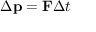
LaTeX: \Delta \mathbf { p } = \mathbf { F } \Delta t